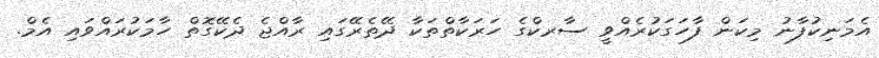
އެމަނިކުފާނު މިކަން ފާހަގަކުރެއްވީ ސާރކްގެ ހަރަކާތްތަކާ ދޭތެރޭގައި ރާއްޖެ ދެކޭގޮތް ހާމަކުރައްވައި އެމް.